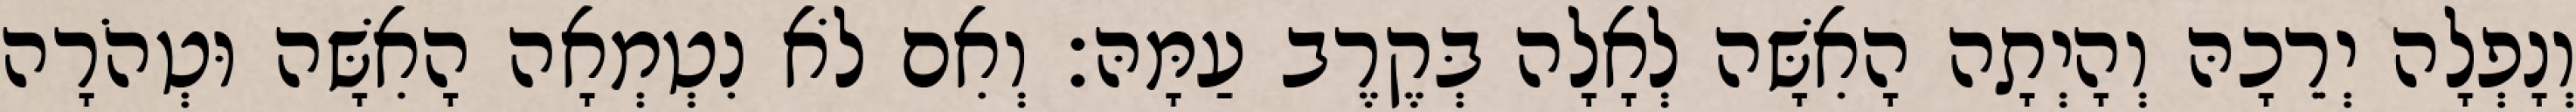
וְנָפְלָה יְרֵכָהּ וְהָיְתָה הָאִשָּׁה לְאָלָה בְּקֶרֶב עַמָּהּ׃ וְאִם לֹא נִטְמְאָה הָאִשָּׁה וּטְהֹרָה